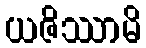
ယဇိဿာမိ